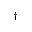
^ \dag